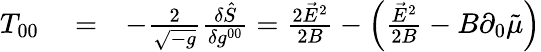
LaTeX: \begin{array}{rlr}{T_{00}}&{{}=}&{-\frac{2}{\sqrt{-g}}\frac{\delta\hat{S}}{\delta g^{00}}=\frac{2\vec{E}^{2}}{2B}-\left(\frac{\vec{E}^{2}}{2B}-B\partial_{0}\tilde{\mu}\right)}\end{array}